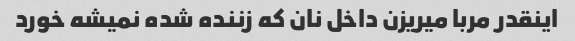
اینقدر مربا میریزن داخل نان که زننده شده نمیشه خورد